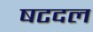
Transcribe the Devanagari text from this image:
षटदल